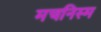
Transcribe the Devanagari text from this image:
मचनिस्म